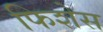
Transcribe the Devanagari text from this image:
फिशेस